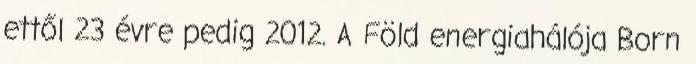
ettől 23 évre pedig 2012. A Föld energiahálója Born